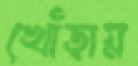
খোঁড়ায়